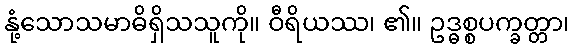
နုံ့သောသမာဓိရှိသသူကို။ ဝီရိယဿ၊ ၏။ ဥဒ္ဓစ္စပက္ခတ္တာ၊